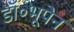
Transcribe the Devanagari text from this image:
डॉ॰भूपेन